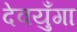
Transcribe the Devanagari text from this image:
देवयुँगा